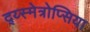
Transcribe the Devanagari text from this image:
द्य्स्मेत्रोप्सिया